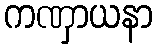
ကဏှာယနာ